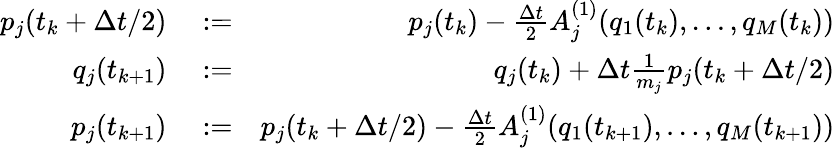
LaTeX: \begin{array}{rlr}{p_{j}(t_{k}+\Delta t/2)}&{{}:=}&{p_{j}(t_{k})-\frac{\Delta t}{2}A_{j}^{(1)}(q_{1}(t_{k}),\dots,q_{M}(t_{k}))}\\ {q_{j}(t_{k+1})}&{{}:=}&{q_{j}(t_{k})+\Delta t\frac{1}{m_{j}}p_{j}(t_{k}+\Delta t/2)}\\ {p_{j}(t_{k+1})}&{{}:=}&{p_{j}(t_{k}+\Delta t/2)-\frac{\Delta t}{2}A_{j}^{(1)}(q_{1}(t_{k+1}),\dots,q_{M}(t_{k+1}))}\end{array}